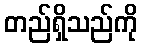
တည်ရှိသည်ကို